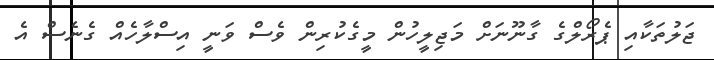
ޖަލުތަކާއި ޕެރޯލްގެ ގާނޫނަށް މަޖިލީހުން މީގެކުރިން ވެސް ވަނީ އިސްލާހެއް ގެނެސް އެ